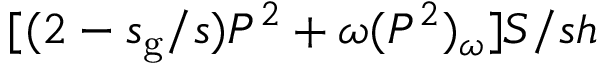
[ ( 2 - s _ { \mathrm { g } } / s ) P ^ { 2 } + \omega ( P ^ { 2 } ) _ { \omega } ] S / s h